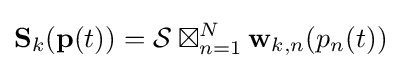
\mathbf {S} _{k}(\mathbf {p} (t))={\mathcal {S}}\boxtimes _{n=1}^{N}\mathbf {w} _{k,n}(p_{n}(t))